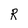
Character: R